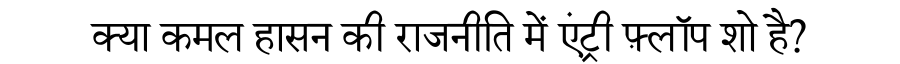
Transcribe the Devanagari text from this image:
क्या कमल हासन की राजनीति में एंट्री फ़्लॉप शो है?